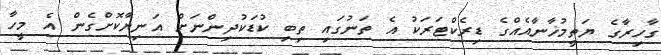
ގާހިރާގެ ޔަތީމުޚާނާއެއްގެ ޑިރެކްޓަރަކު އެ ތަނުގައި ތިބި ކުޑަކުދިންނަށް އަނިޔާކޮށްގެން އެ މީހާ